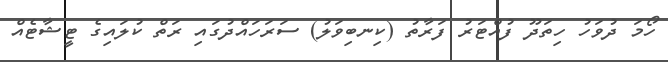
ހޯމަ ދުވަހު ހިތަދޫ ފުއްޓަރު ފަރާތު (ކިނބިވަލު) ސަރަހައްދުގައި ރަތް ކުލައިގެ ޓީޝާޓެއް